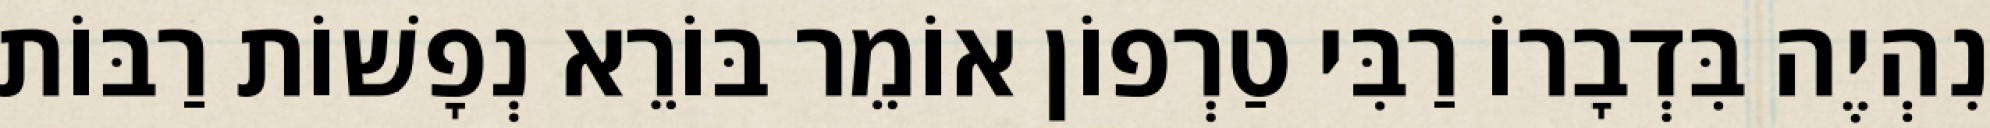
נִהְיֶה בִּדְבָרוֹ רַבִּי טַרְפוֹן אוֹמֵר בּוֹרֵא נְפָשׁוֹת רַבּוֹת